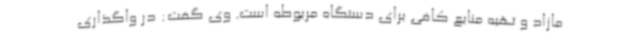
مازاد و تهیه منابع کافی برای دستگاه مربوطه است. وی گفت: در واگذاری